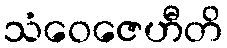
သံဝေဇေဟီတိ